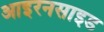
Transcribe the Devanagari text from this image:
आइरनसाइड